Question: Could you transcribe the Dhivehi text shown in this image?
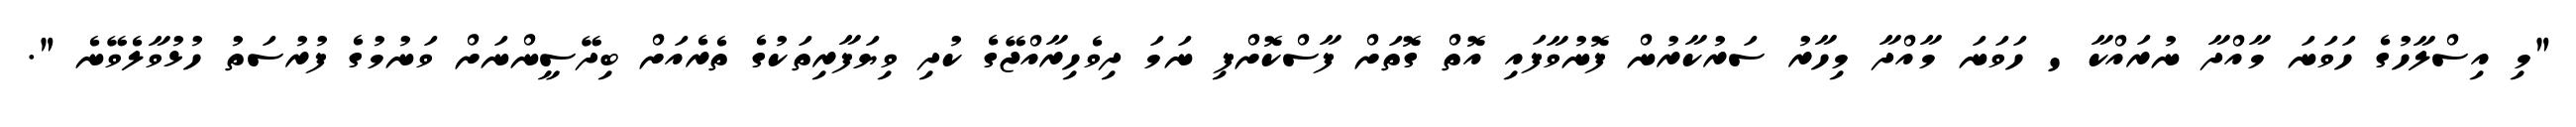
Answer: "މި އިސްލާހުގެ ހަވަނަ މާއްދާ ނުރައްކާ ' ހަވަނަ މާއްދާ މިހާރު ސަރުކާރުން ފޮނުވާފައި އޮތް ގޮތަށް ފާސްކޮށްފި ނަމަ ދިވެހިރާއްޖޭގެ ކުދި ވިޔަފާރިތަކުގެ ތެރެއަށް ބިދޭސީންނަށް ވަނުމުގެ ފުރުސަތު ހުޅުވާލެވޭނެ ".